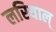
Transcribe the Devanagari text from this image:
लरियाल्